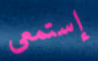
إستمعى